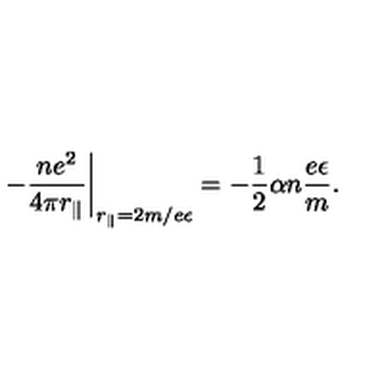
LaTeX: \left. - \frac { n e ^ { 2 } } { 4 \pi r _ { \Vert } } \right\vert _ { r _ { \Vert } = 2 m / e \epsilon } = - \frac 1 2 \alpha n \frac { e \epsilon } { m } .